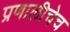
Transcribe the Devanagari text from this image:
प्रणालीचेच